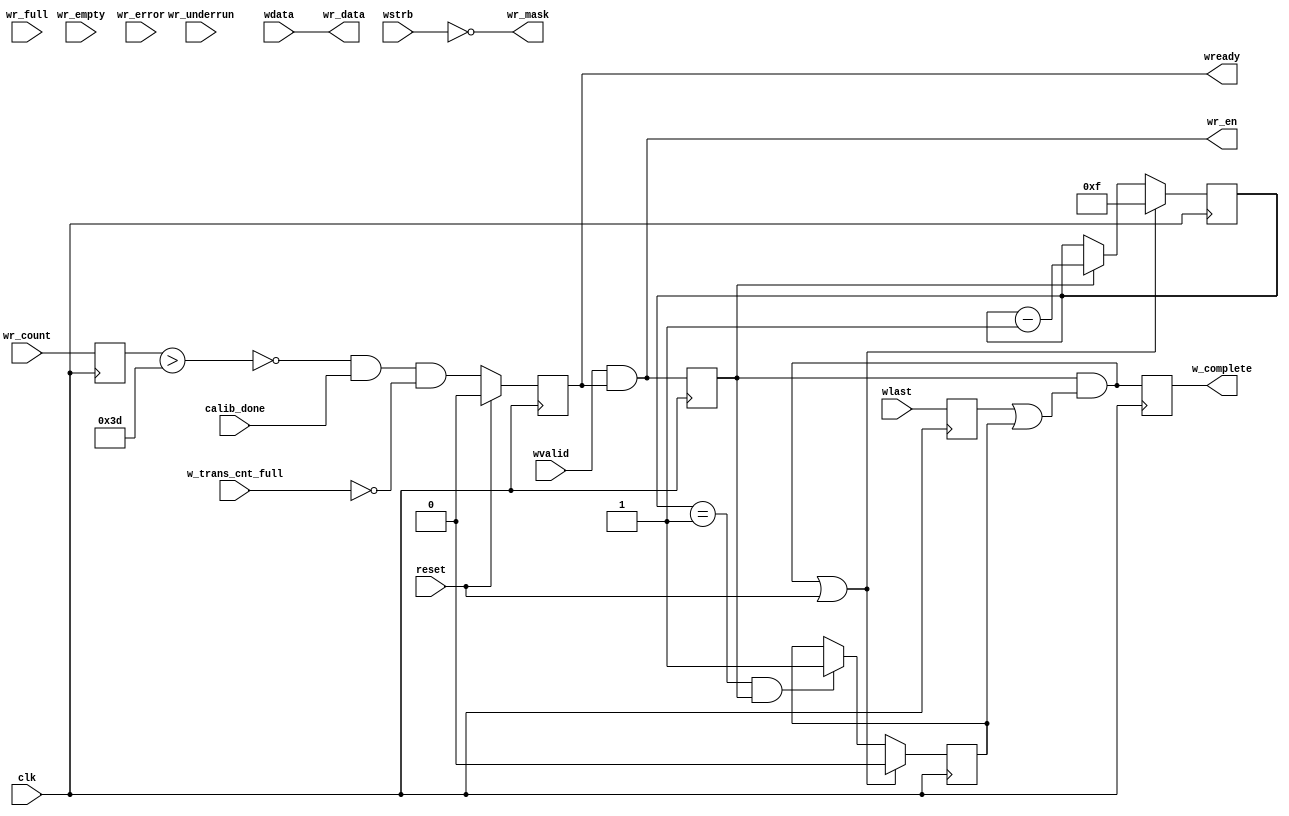
// -- (c) Copyright 2010 Xilinx, Inc. All rights reserved. 
// --                                                             
// -- This file contains confidential and proprietary information 
// -- of Xilinx, Inc. and is protected under U.S. and             
// -- international copyright and other intellectual property     
// -- laws.                                                       
// --                                                             
// -- DISCLAIMER                                                  
// -- This disclaimer is not a license and does not grant any     
// -- rights to the materials distributed herewith. Except as     
// -- otherwise provided in a valid license issued to you by      
// -- Xilinx, and to the maximum extent permitted by applicable   
// -- law: (1) THESE MATERIALS ARE MADE AVAILABLE "AS IS" AND     
// -- WITH ALL FAULTS, AND XILINX HEREBY DISCLAIMS ALL WARRANTIES 
// -- AND CONDITIONS, EXPRESS, IMPLIED, OR STATUTORY, INCLUDING   
// -- BUT NOT LIMITED TO WARRANTIES OF MERCHANTABILITY, NON-      
// -- INFRINGEMENT, OR FITNESS FOR ANY PARTICULAR PURPOSE; and    
// -- (2) Xilinx shall not be liable (whether in contract or tort,
// -- including negligence, or under any other theory of          
// -- liability) for any loss or damage of any kind or nature     
// -- related to, arising under or in connection with these       
// -- materials, including for any direct, or any indirect,       
// -- special, incidental, or consequential loss or damage        
// -- (including loss of data, profits, goodwill, or any type of  
// -- loss or damage suffered as a result of any action brought   
// -- by a third party) even if such damage or loss was           
// -- reasonably foreseeable or Xilinx had been advised of the    
// -- possibility of the same.                                    
// --                                                             
// -- CRITICAL APPLICATIONS                                       
// -- Xilinx products are not designed or intended to be fail-    
// -- safe, or for use in any application requiring fail-safe     
// -- performance, such as life-support or safety devices or      
// -- systems, Class III medical devices, nuclear facilities,     
// -- applications related to the deployment of airbags, or any   
// -- other applications that could lead to death, personal       
// -- injury, or severe property or environmental damage          
// -- (individually and collectively, "Critical                   
// -- Applications"). Customer assumes the sole risk and          
// -- liability of any use of Xilinx products in Critical         
// -- Applications, subject only to applicable laws and           
// -- regulations governing limitations on product liability.     
// --                                                             
// -- THIS COPYRIGHT NOTICE AND DISCLAIMER MUST BE RETAINED AS    
// -- PART OF THIS FILE AT ALL TIMES.                             
// --  
///////////////////////////////////////////////////////////////////////////////
//
//
// Description: 
//
///////////////////////////////////////////////////////////////////////////////
`timescale 1ps/1ps
`default_nettype none

module axi_mcb_w_channel #
(
///////////////////////////////////////////////////////////////////////////////
// Parameter Definitions
///////////////////////////////////////////////////////////////////////////////
                    // Width of AXI xDATA and MCB xx_data
                    // Range: 32, 64, 128.
  parameter integer C_DATA_WIDTH              = 32, 
                    // Width of beat counter, limits max transaction size.
                    // Range: 1-6 (-> 2-64 beat transactions)
  parameter integer C_CNT_WIDTH               = 4, 
                    // Pipelines the wr_full signal from mcb by using
                    // wr_count.  Does not add write latency.
  parameter integer C_PL_WR_FULL              = 1,
                    // Pipelines the wvalid and wready handshake used for
                    // counting.  May add one cycle of latency.
  parameter integer C_PL_WHANDSHAKE           = 1,
                    // Pipelines the intermodule signal w_complete.  May add
                    // 1 cycle of latency.
  parameter integer C_PL_W_COMPLETE           = 1

)
(
///////////////////////////////////////////////////////////////////////////////
// Port Declarations     
///////////////////////////////////////////////////////////////////////////////
  input  wire                                 clk         , 
  input  wire                                 reset       , 

  input  wire [C_DATA_WIDTH-1:0]              wdata,
  input  wire [C_DATA_WIDTH/8-1:0]            wstrb,
  input  wire                                 wlast,
  input  wire                                 wvalid,
  output wire                                 wready,

  output wire                                 wr_en,
  output wire [C_DATA_WIDTH/8-1:0]            wr_mask,
  output wire [C_DATA_WIDTH-1:0]              wr_data,
  input  wire                                 wr_full,
  input  wire                                 wr_empty,
  input  wire [6:0]                           wr_count,
  input  wire                                 wr_underrun,
  input  wire                                 wr_error,
  input  wire                                 calib_done,

  output wire                                 w_complete,
  input wire                                  w_trans_cnt_full 

);

////////////////////////////////////////////////////////////////////////////////
// Local parameters
////////////////////////////////////////////////////////////////////////////////
localparam integer P_MCB_FULL_CNT = 64;

////////////////////////////////////////////////////////////////////////////////
// Wire and register declarations
////////////////////////////////////////////////////////////////////////////////
wire                    whandshake;
reg  [C_CNT_WIDTH-1:0]  cnt;
reg                     subburst_last;
wire                    w_complete_ns;
wire                    w_complete_i;
wire                    wready_i;  
wire                    wlast_i;
wire                    whandshake_i;


////////////////////////////////////////////////////////////////////////////////
// BEGIN RTL
////////////////////////////////////////////////////////////////////////////////

assign wready  = wready_i;
assign wr_en   = whandshake;
assign wr_mask = ~wstrb;
assign wr_data = wdata;

assign whandshake = wvalid & wready;

generate
if (C_PL_WR_FULL) begin : PL_WR_FULL
  reg  [6:0]              wr_count_d1;
  wire                    wr_afull_ns;
  reg                     wready_r;  
  // Calculate almost full from wr_count instead of using wr_full for timing 
  // closure
  always @(posedge clk) begin
    wr_count_d1 <= wr_count;
  end

  assign wr_afull_ns = (wr_count_d1 > (P_MCB_FULL_CNT-3));

  always @(posedge clk) begin
    if (reset) begin
      wready_r <= 1'b0;
    end else begin 
      wready_r <= ~wr_afull_ns & calib_done & ~w_trans_cnt_full;
    end
  end

  assign wready_i = wready_r;
end
else 
begin : NO_PL_WR_FULL
  assign wready_i = ~wr_full & calib_done & ~w_trans_cnt_full;
end
endgenerate


generate 
if (C_PL_WHANDSHAKE) begin : PL_WHANDSHAKE
  reg                     wlast_d1;
  reg                     whandshake_d1;

  // Count the number of beats we have 
  // Use delayed values of the incoming signals for better timing
  always @(posedge clk) begin
    wlast_d1  <= wlast;
    whandshake_d1 <= whandshake;
  end

  assign wlast_i = wlast_d1;
  assign whandshake_i = whandshake_d1;

end
else begin : NO_PL_WHANDSHAKE
  assign wlast_i = wlast;
  assign whandshake_i = whandshake;
end
endgenerate

always @(posedge clk) begin
  if (w_complete_ns | reset) begin
    cnt <= {C_CNT_WIDTH{1'b1}};
  end else if (whandshake_i) begin
    cnt <= cnt - 1'b1;
  end
end

// Determines have reached a subburst boundary
always @(posedge clk) begin
  if (reset | w_complete_ns) begin
    subburst_last <= 1'b0;
  end else if ((cnt == {{C_CNT_WIDTH-1{1'b0}},1'b1}) & whandshake_i) begin
    subburst_last <= 1'b1;
  end
end

assign w_complete_ns = whandshake_i & (wlast_i | subburst_last);

generate 
if (C_PL_W_COMPLETE) begin : PL_W_COMPLETE
  reg w_complete_r; 

  // latch the output of w_complete
  always @(posedge clk) begin
    w_complete_r <= w_complete_ns;
  end

  assign w_complete_i = w_complete_r;

end
else begin : NO_PL_W_COMPLETE
  assign w_complete_i = w_complete_ns;
end
endgenerate
    
assign w_complete = w_complete_i;

endmodule
`default_nettype wire